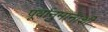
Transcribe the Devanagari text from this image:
पूर्वानुमानाशी